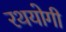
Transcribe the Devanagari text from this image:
रथयोगी